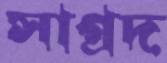
সাগ্রদ